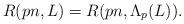
LaTeX: \begin{align*}R(pn,L)=R(pn,\Lambda_p(L)).\end{align*}